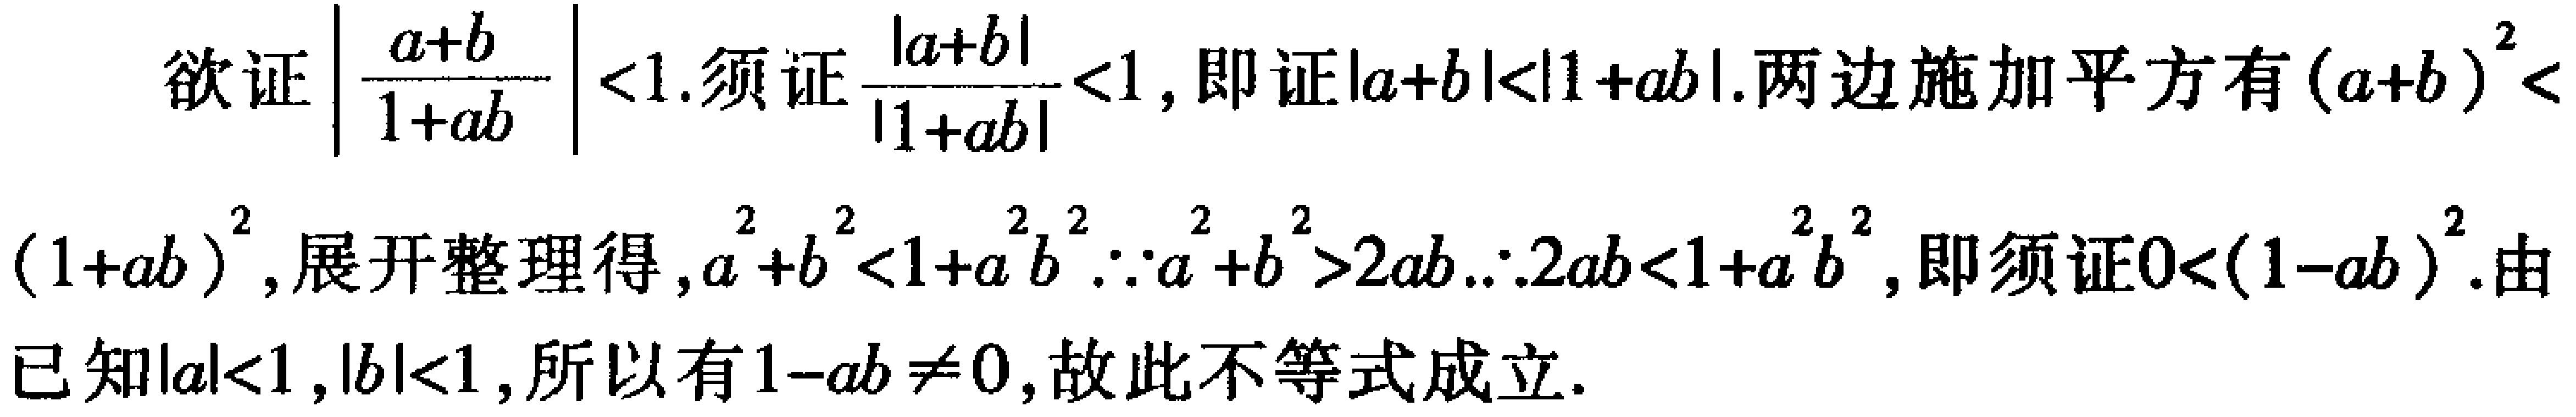
欲证\(\left|\frac{a + b}{1 + ab}\right| < 1\).须证\(\frac{|a + b|}{|1 + ab|} < 1\), 即证\(|a + b| < |1 + ab|\).两边施加平方有\((a + b)^2 < (1 + ab)^2\), 展开整理得,\(a^{2}+b^{2}<1 + a^{2}b^{2}\).\(\because a^{2}+b^{2}>2ab\).\(\therefore 2ab < 1 + a^{2}b^{2}\), 即须证\(0 < (1 - ab)^2\).由已知\(|a| < 1\), \(|b| < 1\), 所以有\(1 - ab\neq0\), 故此不等式成立.